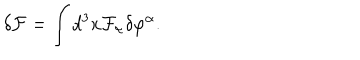
LaTeX: \delta { \cal F } = \int d ^ { 3 } x { \cal F } _ { \alpha } \delta \varphi ^ { \alpha } .